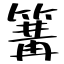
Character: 篝